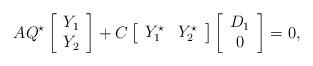
LaTeX: \begin{align*}AQ^\star \left[\begin{array}{c}Y_1\\Y_2\end{array}\right]+C\left[\begin{array}{cc}Y_1^\star&Y_2^\star\end{array}\right] \left[\begin{array}{c}D_1\\0\end{array}\right]=0,\end{align*}